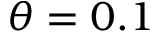
\theta = 0 . 1